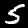
Digit: 5